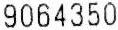
9064350